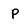
Character: P